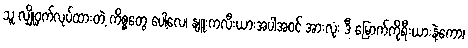
သူ လျှို့ဝှက်လုပ်ထားတဲ့ ကိစ္စတွေ ပေါ့လေ၊ နျူးကလီးယားအပါအဝင် အားလုံး ဒီ မြောက်ကိုရီးယားနဲ့ကော၊